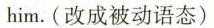
him.(改成被动语态)